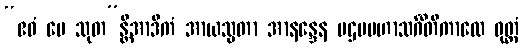
“ဧဝံ မေ သုတ”န္တိအာဒိကံ အာယသ္မတာ အာနန္ဒေန ပဌမမဟာသင်္ဂီတိကာလေ ဝုတ္တံ